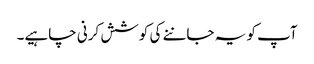
آپ کو یہ جاننے کی کوشش کرنی چاہیے۔